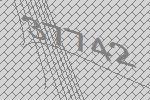
37742